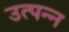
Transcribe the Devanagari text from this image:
उत्‍पन्‍न्‍ा